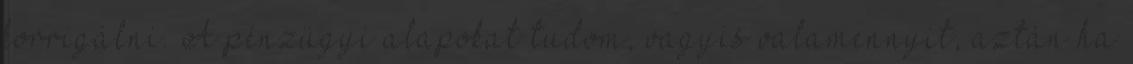
korrigálni. A pénzügyi alapokat tudom, vagyis valamennyit, aztán ha